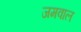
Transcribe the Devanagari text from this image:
जमवाल